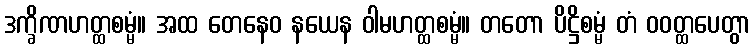
ဒက္ခိဏဟတ္ထစမ္မံ။ အထ တေနေဝ နယေန ဝါမဟတ္ထစမ္မံ။ တတော ပိဋ္ဌိစမ္မံ တံ ဝဝတ္ထပေတွာ